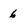
Character: 6